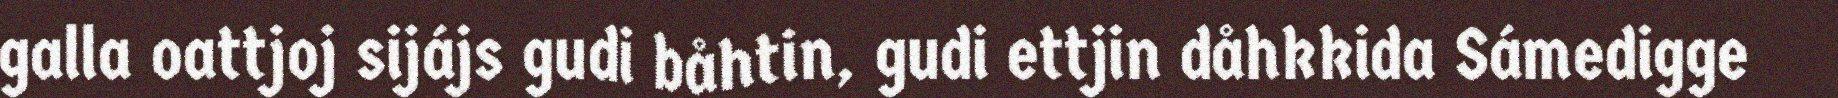
galla oattjoj sijájs gudi båhtin, gudi ettjin dåhkkida Sámedigge